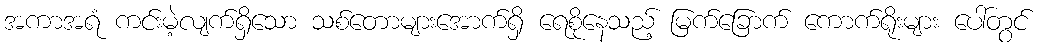
အကာအရံ ကင်းမဲ့လျက်ရှိသော သစ်တောများအောက်ရှိ ရေစိုနေသည့် မြက်ခြောက် ကောက်ရိုးများ ပေါ်တွင်